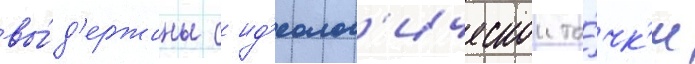
вы́д'ержаны с ид'еолог'ическои то́чк'и